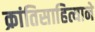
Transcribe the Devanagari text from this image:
क्रांतिसाहित्याने